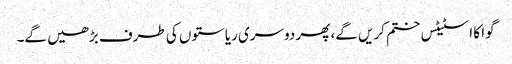
گوا کا اسٹیٹس ختم کریں گے، پھر دوسری ریاستوں کی طرف بڑھیں گے۔